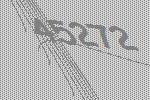
45272